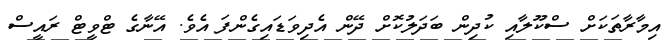
އިމާރާތަކަށް ސްކޫލާއި ކުދިން ބަދަލުކޮށް ދޭން އެދިވަޑައިގެންފަ އެވެ. އޭނާގެ ޓްވީޓް ރައީސް